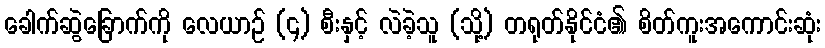
ခေါက်ဆွဲခြောက်ကို လေယာဉ် (၄) စီးနှင့် လဲခဲ့သူ (သို့) တရုတ်နိုင်ငံ၏ စိတ်ကူးအကောင်းဆုံး